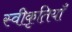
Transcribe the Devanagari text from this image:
स्वीकृतियाँ